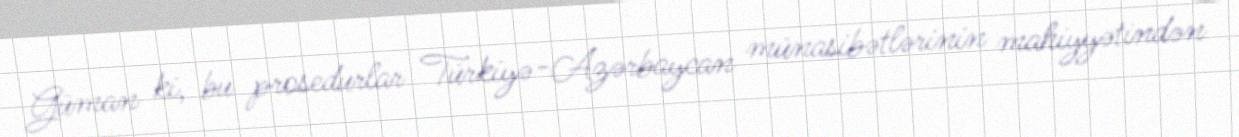
Güman ki, bu prosedurlar Türkiyə-Azərbaycan münasibətlərinin mahiyyətindən